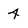
Character: 4